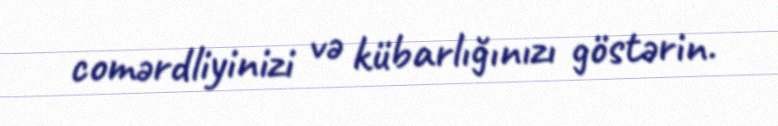
comərdliyinizi və kübarlığınızı göstərin.